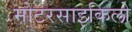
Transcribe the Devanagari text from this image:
मोटरसाइकिलो